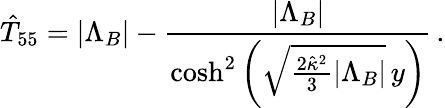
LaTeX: \hat{T}_{55}=|\Lambda_{B}|-\frac{|\Lambda_{B}|}{\mathrm{cosh}^{2}\left(\sqrt{\frac{2\hat{\kappa}^{2}}{3}|\Lambda_{B}|}\, y\right)}\, .